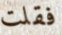
فقلت